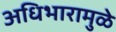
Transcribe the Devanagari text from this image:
अधिभारामुळे